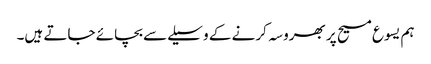
ہم یسوع مسیح پر بھروسہ کرنے کے وسیلےسے بچائے جاتے ہیں۔